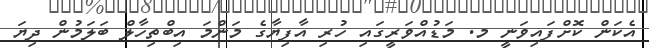
އެކަން ކޮށްފައިވަނީ މ. މަޑުއްވަރީގައި ހުރި އާފިޔާގެ މަންމަ އިބްތިހާލް ބަލަމުން ދިޔަ